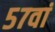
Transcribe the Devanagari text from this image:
५७वां